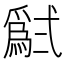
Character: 𱎗